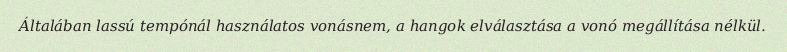
Általában lassú tempónál használatos vonásnem, a hangok elválasztása a vonó megállítása nélkül.